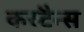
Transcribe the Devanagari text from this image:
कस्टैन्स